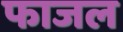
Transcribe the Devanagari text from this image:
फाजल